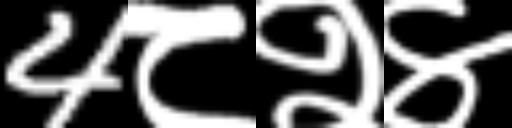
Text: 4८२४